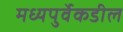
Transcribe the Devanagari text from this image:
मध्यपुर्वेकडील